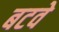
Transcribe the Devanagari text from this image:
बटवे